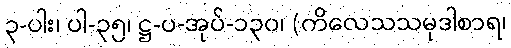
၃-ပါး၊ ပါ-၃၅၊ ဋ္ဌ-ပ-အုပ်-၁၃၀၊ (ကိလေသသမုဒါစာရ၊